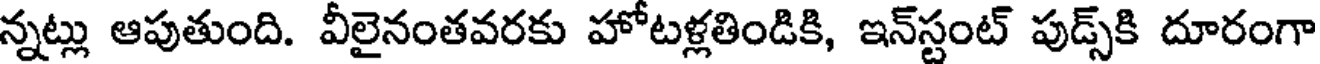
న్నట్లు ఆపుతుంది. వీలైనంతవరకు హోటళ్లతిండికి, ఇన్స్టంట్ పుడ్స్కి దూరంగా